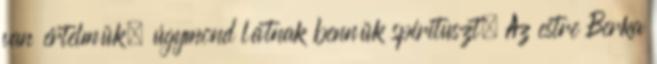
van értelmük, úgymond látnak bennük spirituszt. Az estre Berka